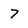
Character: 7